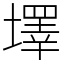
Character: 墿